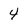
Character: 4